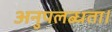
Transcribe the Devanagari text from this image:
अनुपलब्धता।